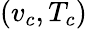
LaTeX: (v_{c},T_{c})